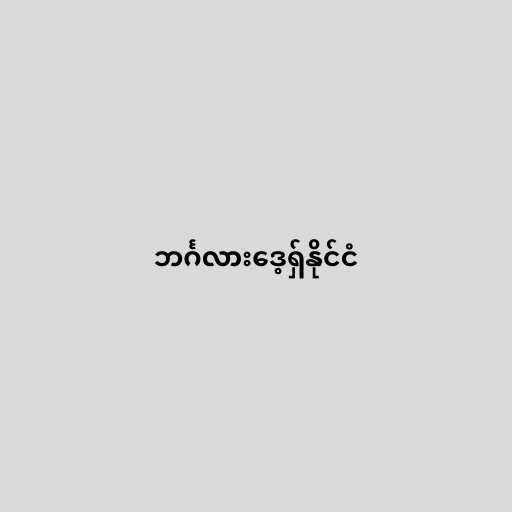
ဘင်္ဂလားဒေ့ရှ်နိုင်ငံ